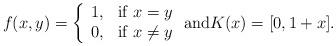
LaTeX: \begin{align*}f(x,y)=\left\lbrace\begin{array}{cl} 1,&\mbox{if }x=y\\ 0,&\mbox{if }x\neq y \end{array} \right. \mbox{and} K(x)=[0,1+x].\end{align*}